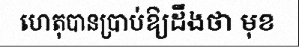
ហេតុបានប្រាប់ឱ្យដឹងថា មុខ